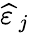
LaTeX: {\widehat{\varepsilon\, }}_{j}